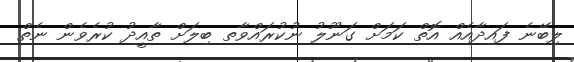
ލިބޭނެ ފައިދާއެއް އޮތް ކަމަށް ގަނޫލު ނުކުރައްވާތ ބިލަށް ތާއީދު ކުރެވެން ނެތް